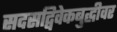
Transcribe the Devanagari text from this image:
सदसद्विवेकबुद्धीवर